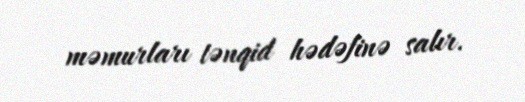
məmurları tənqid hədəfinə salır.